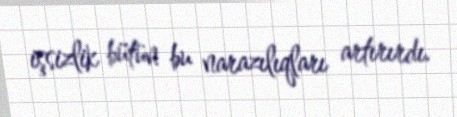
işsizlik bütün bu narazılıqları artırırdı.